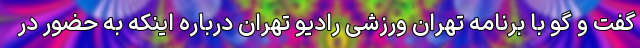
گفت و گو با برنامه تهران ورزشی رادیو تهران درباره اینکه به حضور در